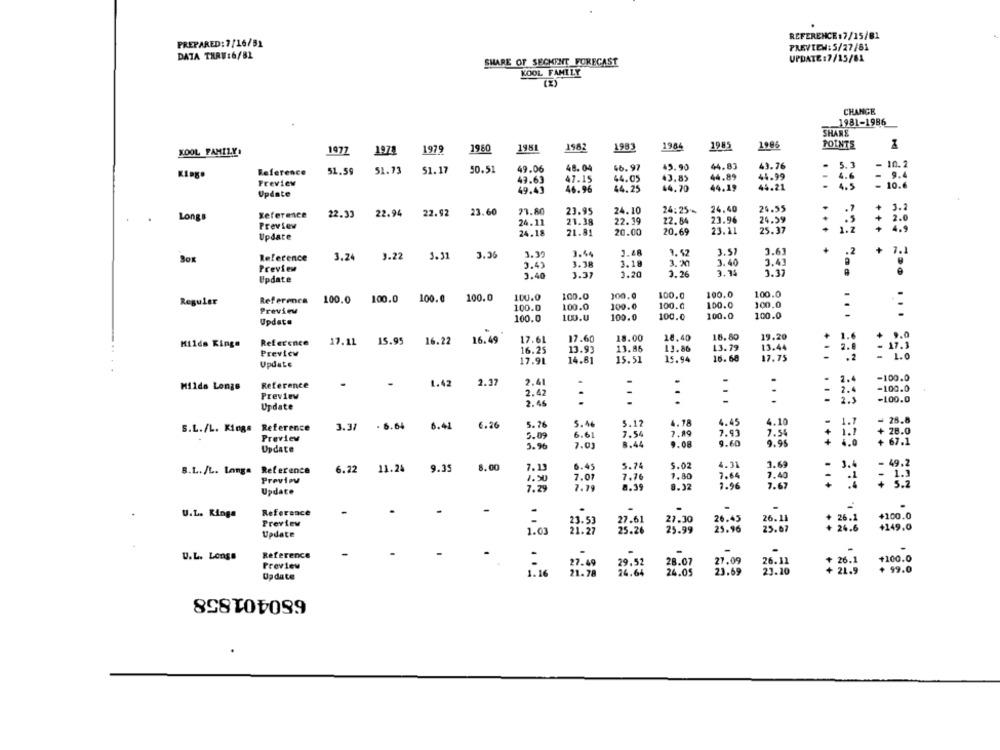
REFERENCE:7/15/81
PREPARED: 7/16/51
PREVIEW: 5/27/81
DATA THRU:6/81
SHARE OF SECKENT FORECAST
UPDATE :7/15/81
KOOL FAMILY
(X)
CHANGE
1981-1986
SHARE
XOOL FAMILY:
1971
1979
1980
1981
1982
1993
1984
1985
1986
POINTS
1977
49.90
44.87
49.76
5.3
- 10.2
Reference
51.59
51.73
51.17
50.51
49.06
48.04
66.97
43.63
47.15
44.05
43.85
44.89
44.99
4.6
9.4
Preview
44.25
44.70
44.19
44.21
- 10.6
Update
49.41
46.96
23.60
21.80
23.95
24.10
24:25
24.40
24.55
3.2
Long
Reference
22.33
22.94
22.92
Preview
24.11
21.38
22.19
22.84
23.96
24.59
. . 5 + 2.0
24.18
21.81
20.00
20.69
23.11
25.37
Update
3.24
3.22
3.31
3.36
1.22
3.44
3.48
9.52
3.57
3.63
.2
+
7.1
Reference
3.38
3.18
3.40
3.41
Preview
3.43
3.74
3.40
3.37
1.20
3.26
3.37
Update
100.0
Regular
Reference
100.0 100.0 100.0
100.0
100.0
100.0
100.0
100.0
100.0
100.0
100.0
100.0
100.0
100.0
100.0
: :
Preview
100.0
100.0
100.0
Update
100.0
100.U
100.0
18.00
18.40
18.80
19.20
Hilda Kinge
Reference
17.11
15.95
16.22
16.49
17.61
17.60
13.79
13.44
Preview
16.25
13.93
13.86
13.86
17.9L
14.81
15.51
15.94
16.68
17.75
Update
1.42
2.37
2.41
-100.0
Milde Longe
Reference
2.42
-100.0
Preview
-
..
Update
2.46
...
...
...
-100.0
4.45
4.10
- 28.8
S.L./L. Kiogs Reference
3.37
. 6.64
6.41
6.26
5.26
5.46
5.12
4.78
5.09
6.61
7.54
7.49
7.93
7.5
Preview
9.60
9.95
++
Update
5.96
7.03
8.44
9.08
6.45
5.74
5.02
4.31
3.69
- 49.2
B.L./L. Langa Reference
6.22
11.24
9.35
8.00
7.13
3.4
Previou
7.07
7,76
7.80
7.64
7.40
7.29
7.79
8.39
8.32
1.96
7.67
Update
.
U.L. Ringa
Reference
.
+100.0
Preview
-
23.53
27.61
27.30
26.45
26.11
* 26.1
1.03
21.27
25.26
25.99
25.96
25.6
+149.0
Update
Reference
-
U.L. Longs
27.49
29.52
28.07
27.09
26.11
+200.0
Preview
23.69
23.10
$ 25.1
+ 99.0
Update
1.16
21.78
24.64
24.05
680401858